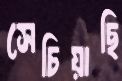
সেচিয়াছি